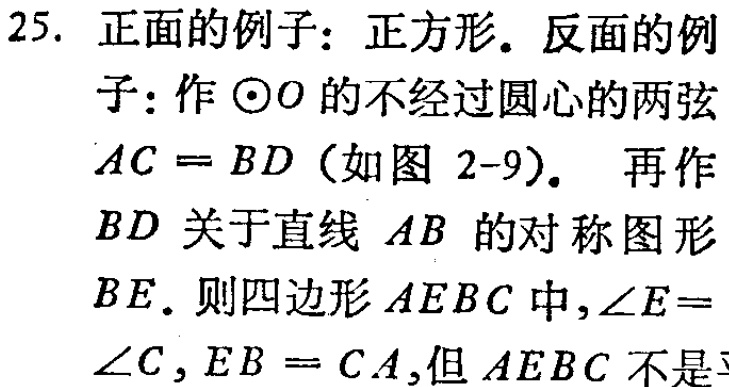
25. 正面的例子：正方形. 反面的例子：作$\odot O$的不经过圆心的两弦$AC = BD$（如图 2-9）. 再作$BD$关于直线$AB$的对称图形$BE$. 则四边形$AEBC$中,$\angle E = \angle C$,$EB = CA$,但$AEBC$不是平